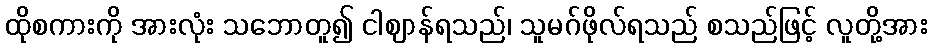
ထိုစကားကို အားလုံး သဘောတူ၍ ငါဈာန်ရသည်၊ သူမဂ်ဖိုလ်ရသည် စသည်ဖြင့် လူတို့အား